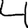
Digit: 4